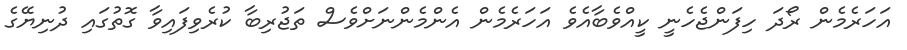
އަހަރެމެން ރޯދަ ހިފަންޖެހެނީ ކީއްވެބާއެވެ އަހަރެމެން އެންމެންނަށްވެސް ތަޖުރިބާ ކުރެވިފައިވާ ގޮތުގައި ދުނިޔޭގެ